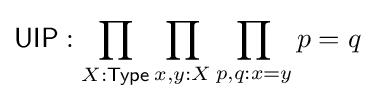
{\mathsf {UIP}}:\prod _{X:{\mathsf {Type}}}\prod _{x,y:X}\prod _{p,q:x=y}p=q